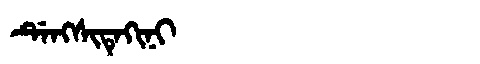
Manchu: ᡩᡝᠩᠰᡳᡨᡝᡴᡳᠨᡳ
Romanization: DENGSITEKINI